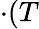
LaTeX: \cdot(T